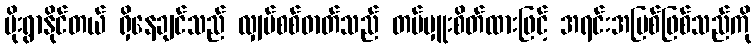
မိုးရွာနိုင်တယ် ရှိနေချင်သည် လျှပ်စစ်ဓာတ်သည် တပ်မှူးစိတ်ထားဖြင့် အရင်းအမြစ်ဖြစ်သည်ကို